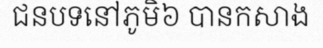
ជនបទនៅភូមិ៦ បានកសាង